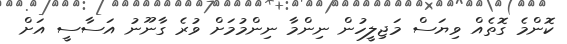
ކޮންމެ ގޮތެއް ވިޔަސް މަޖިލީހުން ނިންމާ ނިންމުމަށް ވުރެ ގާނޫނު އަސާސީ އަށް